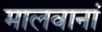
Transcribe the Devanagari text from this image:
मालवानां